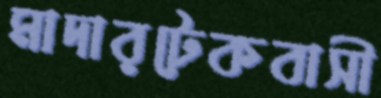
মাদারটেকবাসী